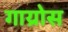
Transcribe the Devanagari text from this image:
गाय्रोस